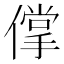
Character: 𰂱